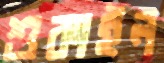
শুকাইল